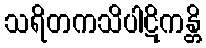
သရိတကသိပါဋိကန္တိ